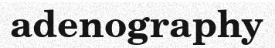
adenography